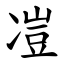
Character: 凒